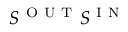
S ^ { \mathrm { ~ O ~ U ~ T ~ } } S ^ { \mathrm { ~ I ~ N ~ } }